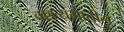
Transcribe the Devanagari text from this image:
वाङ्यमातील